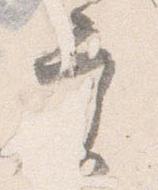
実